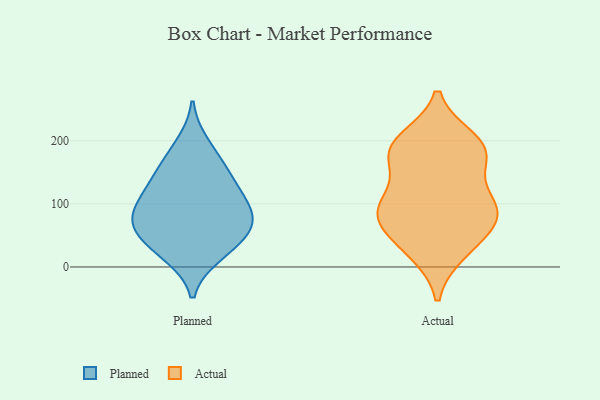
{"axis": {"x": "Inventory Turnover", "y": "Value"}, "legend": ["Actual", "Planned"], "data": [{"x": "", "y": 50, "type": "Planned"}, {"x": "", "y": 156, "type": "Planned"}, {"x": "", "y": 70, "type": "Planned"}, {"x": "", "y": 116, "type": "Planned"}, {"x": "", "y": 22, "type": "Planned"}, {"x": "", "y": 60, "type": "Planned"}, {"x": "", "y": 104, "type": "Planned"}, {"x": "", "y": 129, "type": "Planned"}, {"x": "", "y": 18, "type": "Planned"}, {"x": "", "y": 196, "type": "Planned"}, {"x": "", "y": 57, "type": "Planned"}, {"x": "", "y": 83, "type": "Planned"}, {"x": "", "y": 160, "type": "Planned"}, {"x": "", "y": 91, "type": "Planned"}, {"x": "", "y": 109, "type": "Actual"}, {"x": "", "y": 187, "type": "Actual"}, {"x": "", "y": 200, "type": "Actual"}, {"x": "", "y": 179, "type": "Actual"}, {"x": "", "y": 33, "type": "Actual"}, {"x": "", "y": 95, "type": "Actual"}, {"x": "", "y": 175, "type": "Actual"}, {"x": "", "y": 88, "type": "Actual"}, {"x": "", "y": 94, "type": "Actual"}, {"x": "", "y": 64, "type": "Actual"}, {"x": "", "y": 25, "type": "Actual"}, {"x": "", "y": 186, "type": "Actual"}, {"x": "", "y": 80, "type": "Actual"}]}